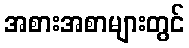
အစားအစာများတွင်